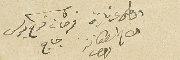
الاخ اسطفان    فرحات فرح يوسف جاج